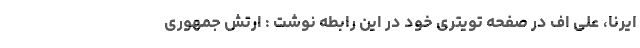
ایرنا، علی اف در صفحه تویتری خود در این رابطه نوشت : ارتش جمهوری